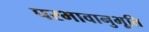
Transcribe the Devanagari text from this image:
परभावानुभूति